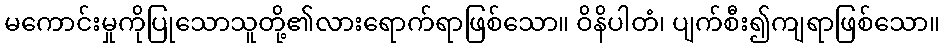
မကောင်းမှုကိုပြုသောသူတို့၏လားရောက်ရာဖြစ်သော။ ဝိနိပါတံ၊ ပျက်စီး၍ကျရာဖြစ်သော။